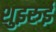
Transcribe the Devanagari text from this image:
शुइरुई